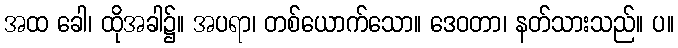
အထ ခေါ၊ ထိုအခါ၌။ အပရာ၊ တစ်ယောက်သော။ ဒေဝတာ၊ နတ်သားသည်။ ပ။